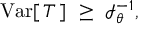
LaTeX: \operatorname { V a r } [ \, T \, ] \ \geq \ { \mathcal { I } } _ { \theta } ^ { - 1 } ,